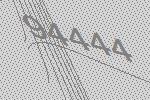
94444